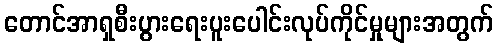
တောင်အာရှစီးပွားရေးပူးပေါင်းလုပ်ကိုင်မှုများအတွက်